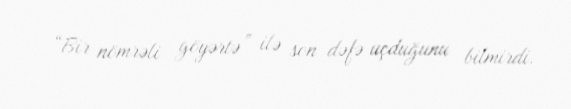
“Bir nömrəli göyərtə” ilə son dəfə uçduğunu bilmirdi.